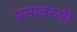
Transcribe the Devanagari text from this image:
प्रसादरुपी